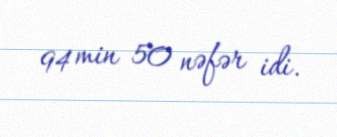
94 min 50 nəfər idi.